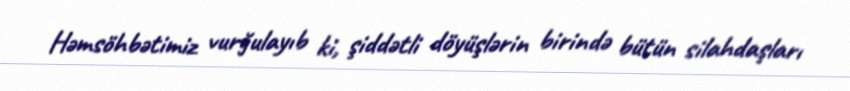
Həmsöhbətimiz vurğulayıb ki, şiddətli döyüşlərin birində bütün silahdaşları